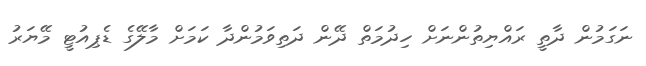
ނަގަމުން ދާތީ ރައްޔިތުންނަށް ހިދުމަތް ދޭން ދަތިވަމުންދާ ކަމަށް މާލޭގެ ޑެޕިއުޓީ މޭޔަރު